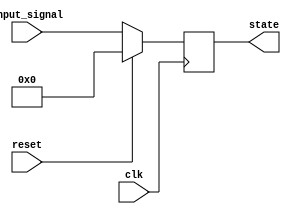
module synchronous_reset (
    input wire clk,          // Clock signal
    input wire reset,        // Reset signal
    input wire [3:0] input_signal, // Example input signal for state transition
    output reg [3:0] state   // Current state output
);

// Define the reset value
localparam RESET_VALUE = 4'b0000;

// State transition logic
always @(posedge clk) begin
    if (reset) begin
        // Synchronous reset: set state to predefined value
        state <= RESET_VALUE;
    end else begin
        // Normal operation: update state based on input_signal
        // Example state transition logic (customize as needed)
        state <= input_signal; // This is a placeholder for actual logic
    end
end

endmodule